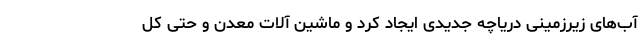
آب‌های زیرزمینی دریاچه جدیدی ایجاد کرد و ماشین آلات معدن و حتی کل